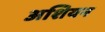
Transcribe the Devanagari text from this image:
अशियन